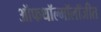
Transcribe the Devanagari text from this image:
ऑफथॉल्मॉलॉजीत